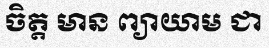
ចិត្ត មាន ព្យាយាម ជា